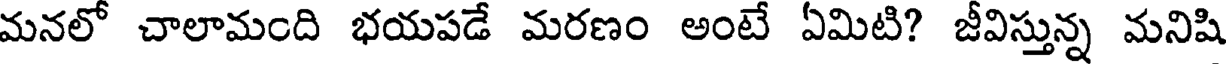
మనలో చాలామంది భయపడే మరణం అంటే ఏమిటి? జీవిస్తున్న మనిషి